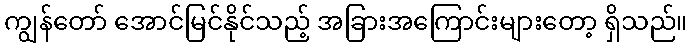
ကျွန်တော် အောင်မြင်နိုင်သည့် အခြားအကြောင်းများတော့ ရှိသည်။